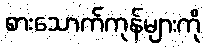
စားသောက်ကုန်များကို